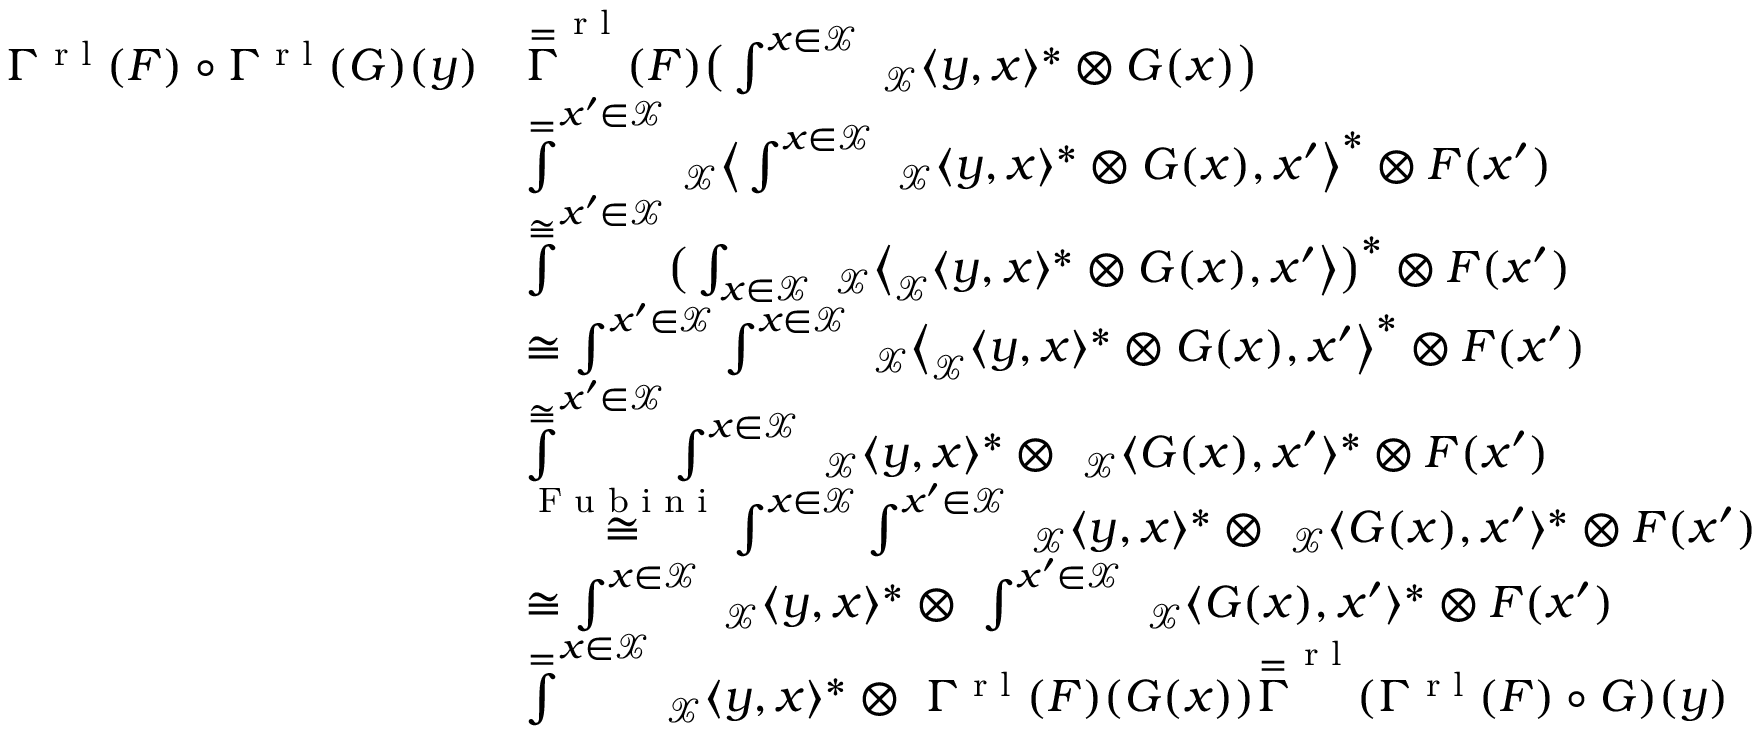
\begin{array} { r l } { \Gamma ^ { \textnormal { r l } } ( F ) \circ \Gamma ^ { \textnormal { r l } } ( G ) ( y ) } & { \overset { = } \Gamma ^ { \textnormal { r l } } ( F ) \big ( \int ^ { x \in \mathcal { X } } \ _ { \mathcal { X } } \langle y , x \rangle ^ { * } \otimes G ( x ) \big ) } \\ & { \overset { = } \int ^ { x ^ { \prime } \in \mathcal { X } } \ _ { \mathcal { X } } \big \langle \int ^ { x \in \mathcal { X } } \ _ { \mathcal { X } } \langle y , x \rangle ^ { * } \otimes G ( x ) , x ^ { \prime } \big \rangle ^ { * } \otimes F ( x ^ { \prime } ) } \\ & { \overset { \cong } \int ^ { x ^ { \prime } \in \mathcal { X } } \big ( \int _ { x \in \mathcal { X } } \ _ { \mathcal { X } } \big \langle _ { \mathcal { X } } \langle y , x \rangle ^ { * } \otimes G ( x ) , x ^ { \prime } \big \rangle \big ) ^ { * } \otimes F ( x ^ { \prime } ) } \\ & { \cong \int ^ { x ^ { \prime } \in \mathcal { X } } \int ^ { x \in \mathcal { X } } \ _ { \mathcal { X } } \big \langle _ { \mathcal { X } } \langle y , x \rangle ^ { * } \otimes G ( x ) , x ^ { \prime } \big \rangle ^ { * } \otimes F ( x ^ { \prime } ) } \\ & { \overset { \cong } \int ^ { x ^ { \prime } \in \mathcal { X } } \int ^ { x \in \mathcal { X } } \ _ { \mathcal { X } } \langle y , x \rangle ^ { * } \otimes \ _ { \mathcal { X } } \langle G ( x ) , x ^ { \prime } \rangle ^ { * } \otimes F ( x ^ { \prime } ) } \\ & { \overset { \textnormal { F u b i n i } } { \cong } \int ^ { x \in \mathcal { X } } \int ^ { x ^ { \prime } \in \mathcal { X } } \ _ { \mathcal { X } } \langle y , x \rangle ^ { * } \otimes \ _ { \mathcal { X } } \langle G ( x ) , x ^ { \prime } \rangle ^ { * } \otimes F ( x ^ { \prime } ) } \\ & { \cong \int ^ { x \in \mathcal { X } } \ _ { \mathcal { X } } \langle y , x \rangle ^ { * } \otimes \ \int ^ { x ^ { \prime } \in \mathcal { X } } \ _ { \mathcal { X } } \langle G ( x ) , x ^ { \prime } \rangle ^ { * } \otimes F ( x ^ { \prime } ) } \\ & { \overset { = } \int ^ { x \in \mathcal { X } } \ _ { \mathcal { X } } \langle y , x \rangle ^ { * } \otimes \ \Gamma ^ { \textnormal { r l } } ( F ) ( G ( x ) ) \overset { = } \Gamma ^ { \textnormal { r l } } ( \Gamma ^ { \textnormal { r l } } ( F ) \circ G ) ( y ) } \end{array}